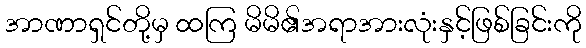
အာဏာရှင်တို့မှ ထကြ မိမိ၏အရာအားလုံးနှင့်ဖြစ်ခြင်းကို